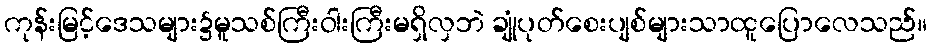
ကုန်းမြင့်ဒေသများ၌မူသစ်ကြီးဝါးကြီးမရှိလှဘဲ ချုံပုတ်စေးပျစ်များသာထူပြောလေသည်။